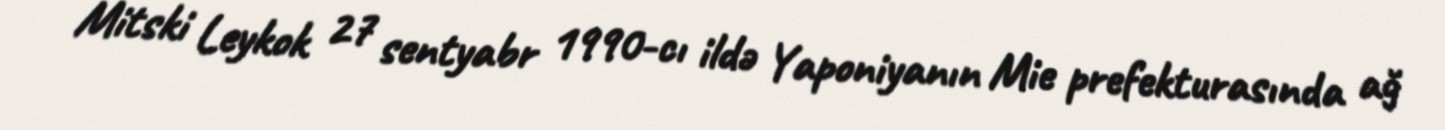
Mitski Leykok 27 sentyabr 1990-cı ildə Yaponiyanın Mie prefekturasında ağ